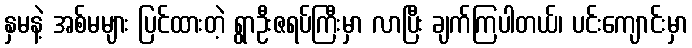
နှမနဲ့ အစ်မများ ပြင်ထားတဲ့ ရွာဦးဇရပ်ကြီးမှာ လာပြီး ချက်ကြပါတယ်၊ ပင်းကျောင်းမှာ